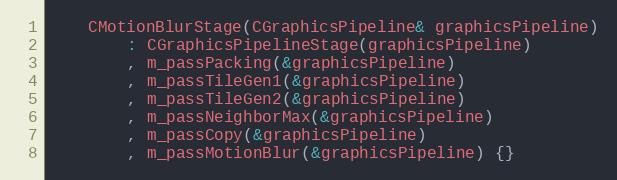
Language: C
	CMotionBlurStage(CGraphicsPipeline& graphicsPipeline)
		: CGraphicsPipelineStage(graphicsPipeline)
		, m_passPacking(&graphicsPipeline)
		, m_passTileGen1(&graphicsPipeline)
		, m_passTileGen2(&graphicsPipeline)
		, m_passNeighborMax(&graphicsPipeline)
		, m_passCopy(&graphicsPipeline)
		, m_passMotionBlur(&graphicsPipeline) {}